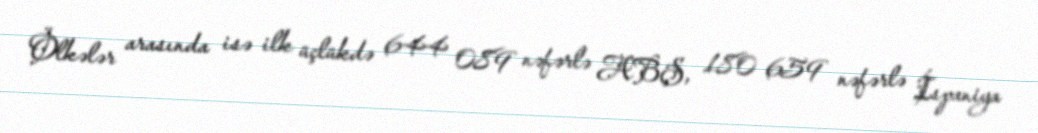
Ölkələr arasında isə ilk üçlükdə 644 089 nəfərlə ABŞ, 180 659 nəfərlə İspaniya